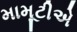
મામૂટીએ